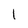
Character: 1